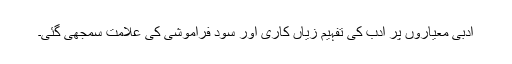
ادبی معیاروں پر ادب کی تفہیم زیاں کاری اور سود فراموشی کی علامت سمجھی گئی۔